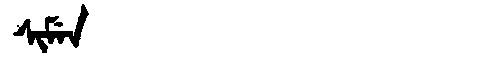
Manchu: ᠰᡳᠮᡝᠨ
Romanization: SIMEN